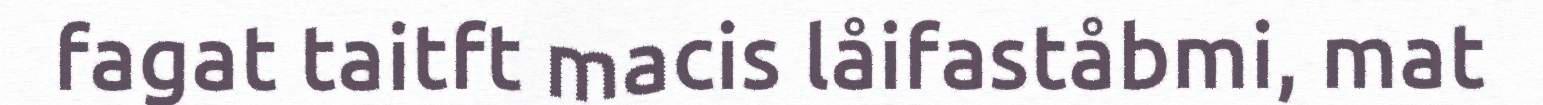
fagat taitft macis låifaståbmi, mat